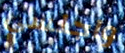
واجلسي